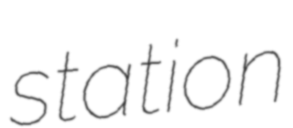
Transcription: station